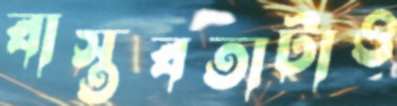
বাস্তবতাটাও